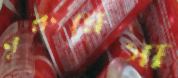
নুরুন্নেসা